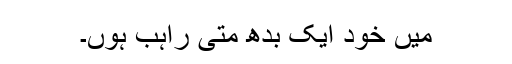
میں خود ایک بدھ متی راہب ہوں۔